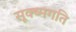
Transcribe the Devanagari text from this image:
सूक्ष्‍मगति